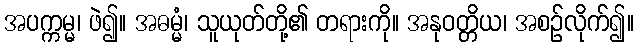
အပက္ကမ္မ၊ ဖဲ၍။ အဓမ္မံ၊ သူယုတ်တို့၏ တရားကို။ အနုဝတ္တိယ၊ အစဉ်လိုက်၍။